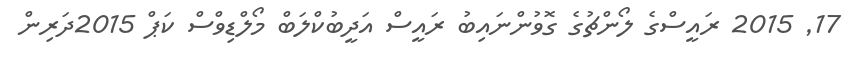
17